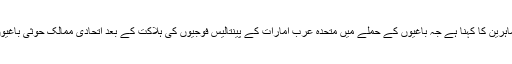
جنگ کی صورت حال پر نظر رکھنے والے ماہرین کا کہنا ہے جہ باغیوں کے حملے میں متحدہ عرب امارات کے پینتالیس فوجیوں کی ہلاکت کے بعد اتحادی ممالک حوثی باغیوں کے خلاف سخت کارروائی کرنے والے ہیں۔